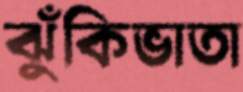
ঝুঁকিভাতা